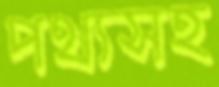
পথ্যসহ